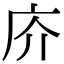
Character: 庎